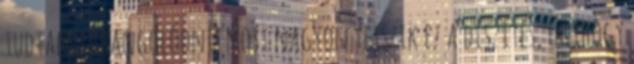
tudtam ráhangolódni. Most nagyon tetszik ez a díszítés, úgyhogy